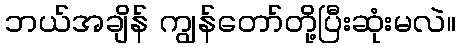
ဘယ်အချိန် ကျွန်တော်တို့ပြီးဆုံးမလဲ။